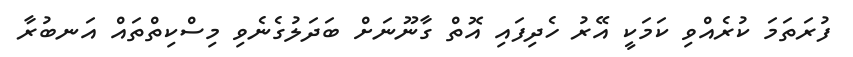
ފުރަތަމަ ކުރެއްވި ކަމަކީ އޭރު ހެދިފައި އޮތް ގާނޫނަށް ބަދަލުގެނެވި މިސްކިތްތައް އަނބުރާ